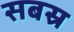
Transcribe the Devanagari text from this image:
सबस्र